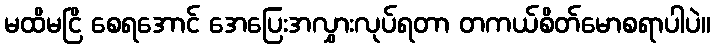
မထိမငြိ စေရအောင် အေပြေးအလွှားလုပ်ရတာ တကယ်စိတ်မောစရာပါပဲ။